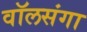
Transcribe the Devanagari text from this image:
वॉलसंगा